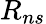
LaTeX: R_{ns}